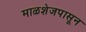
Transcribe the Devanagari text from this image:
माळशेजपासून